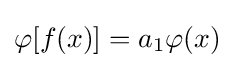
\varphi [f(x)]=a_{1}\varphi (x)